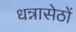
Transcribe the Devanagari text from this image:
धन्नासेठों